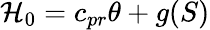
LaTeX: {\cal H}_{0}=c_{pr}\theta+g(S)